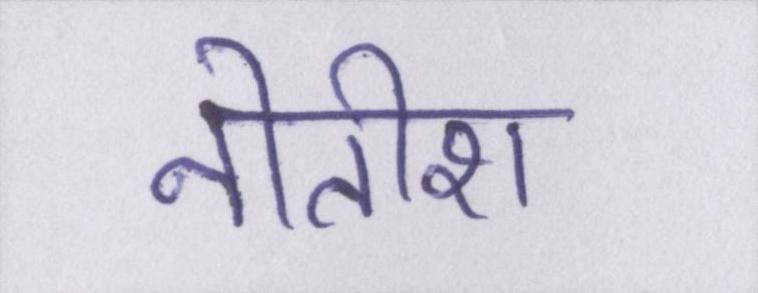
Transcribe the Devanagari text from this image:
नीतीश